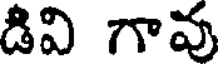
డివి గావు